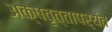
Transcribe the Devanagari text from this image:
अक्षवृत्तापर्यंत